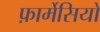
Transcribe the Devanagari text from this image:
फ़ार्मेसियों